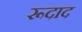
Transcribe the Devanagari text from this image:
रूदाद